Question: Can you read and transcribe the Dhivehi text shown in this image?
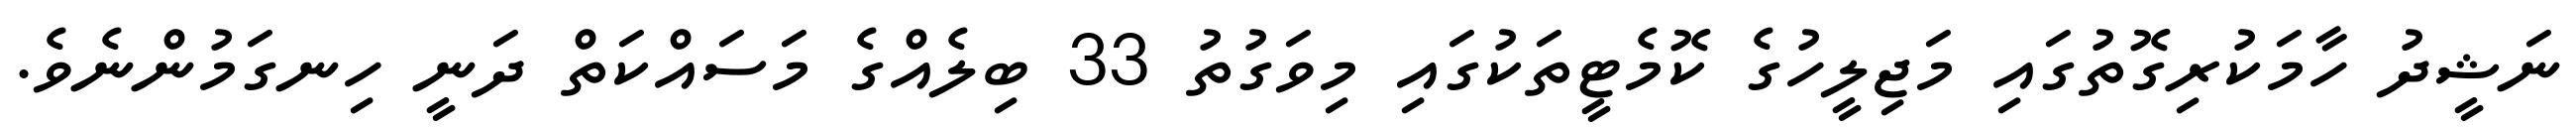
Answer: ނަޝީދު ހާމަކުރިގޮތުގައި މަޖިލީހުގެ ކޮމެޓީތަކުގައި މިވަގުތު 33 ބިލެއްގެ މަސައްކަތް ދަނީ ހިނގަމުންނެވެ.